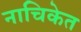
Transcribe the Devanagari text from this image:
नाचिकेत